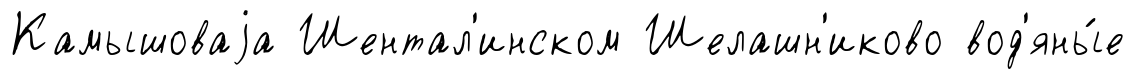
Камышоваjа Шентал'инском Шелашн'иково вод'яны́е